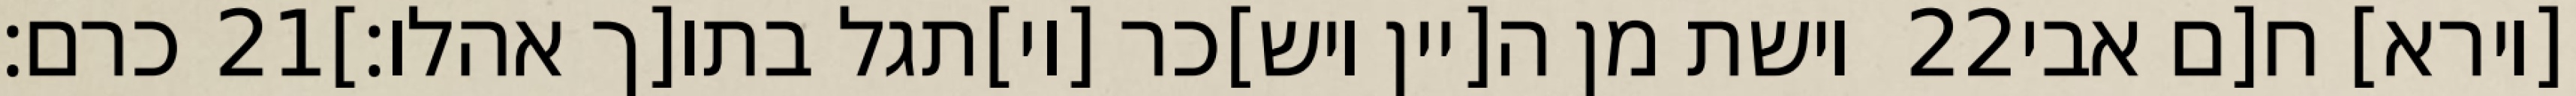
כרם׃ ‎21‏ וישת מן ה[יין ויש]כר [וי]תגל בתו[ך אהלו׃] ‎22‏ [וירא] ח[ם אבי